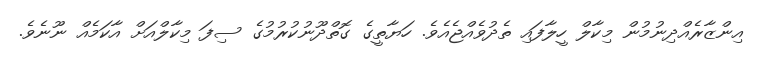
އިންޒާރެއްދިނުމުން މިކާލް ހީލާފައި ތެދުވެއްޖެއެވެ. ހަޔާތީގެ ގޮތްދޫނުކުރުމުގެ ސިފަ މިކާލްއަށް އާކަމެއް ނޫނެވެ.